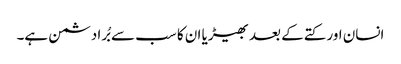
انسان اور کتے کے بعد بھیڑیا ان کا سب سے بُرا دشمن ہے۔